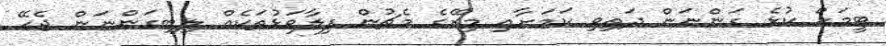
ޓީމަށް ކުޅެ ގަންނަން ދަތިވި ކަމަށާއި މިރޭގެ މެޗުން ފިލާވަޅުތަކެއް ލިބިގަންނަން ޖެހޭ